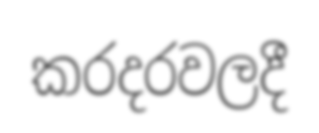
කරදරවලදී